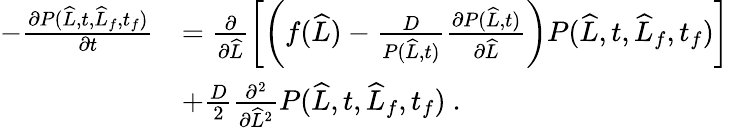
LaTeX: \begin{array}{rl}{-\frac{\partial P(\widehat{L},t,\widehat{L}_{f},t_{f})}{\partial t}}&{=\frac{\partial}{\partial\widehat{L}}\left[\left(f(\widehat{L})-\frac{D}{P(\widehat{L},t)}\frac{\partial P(\widehat{L},t)}{\partial\widehat{L}}\right)P(\widehat{L},t,\widehat{L}_{f},t_{f})\right]}\\ &{+\frac{D}{2}\frac{\partial^{2}}{\partial\widehat{L}^{2}}P(\widehat{L},t,\widehat{L}_{f},t_{f})\ .}\end{array}